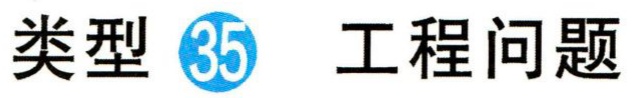
类型\fbox{35} 工程问题